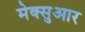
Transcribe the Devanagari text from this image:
मेक्सुआर